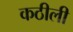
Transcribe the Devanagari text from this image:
कठीली